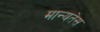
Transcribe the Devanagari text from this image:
मान्यतेस